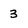
Character: 3